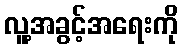
လူ့အခွင့်အရေးကို